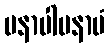
မနာပါမနာပံ